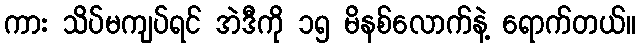
ကား သိပ်မကျပ်ရင် အဲဒီကို ၁၅ မိနစ်လောက်နဲ့ ရောက်တယ်။